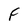
Character: F